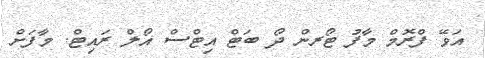
އަވޭ ފްރޮމް މާފު ޓޯރން ދޯ ބަޓް އިޓްސް އޯލް ރައިޓް. މާފަށް